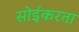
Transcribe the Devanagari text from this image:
सोईकरता